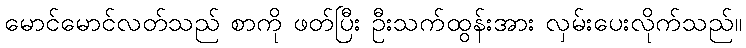
မောင်မောင်လတ်သည် စာကို ဖတ်ပြီး ဦးသက်ထွန်းအား လှမ်းပေးလိုက်သည်။